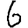
Digit: 6